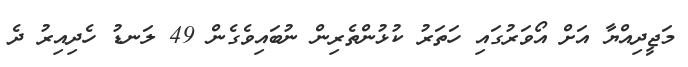
މަޖީދިއްޔާ އަށް އޯވަރުގައި ހަތަރު ކުޅުންތެރިން ނުބައިވެގެން 49 ލަނޑު ހެދިއިރު ދެ